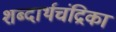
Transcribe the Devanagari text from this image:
शब्दार्थचंद्रिका